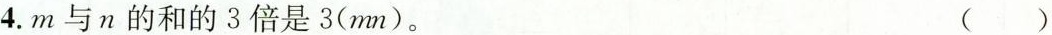
4.m与n的和的3倍是3(mm)。 ()